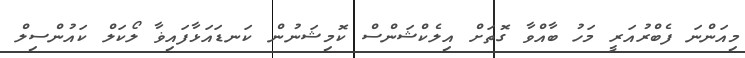
މިއަންނަ ފެބްރުއަރީ މަހު ބާއްވާ ގޮތަށް އިލެކްޝަންސް ކޮމިޝަނުން ކަނޑައަޅާފައިޥާ ލޯކަލް ކައުންސިލް